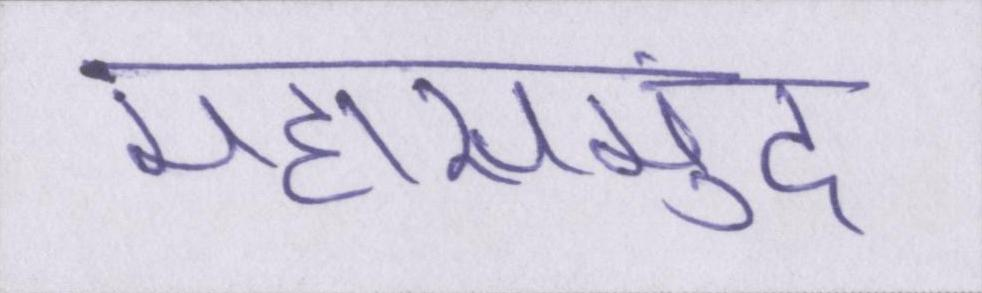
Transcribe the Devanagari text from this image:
महासमुंद